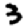
Digit: 3